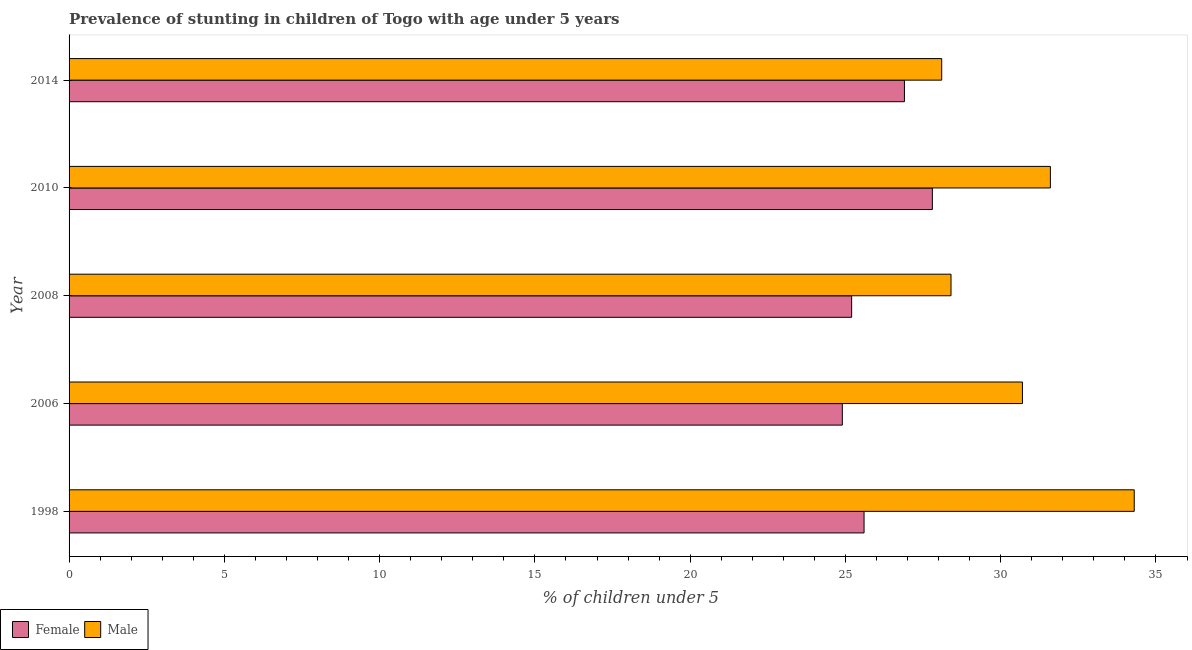
| Year | Female | Male |
 | --- | --- | --- |
 | 1998 | 25.6 | 34.3 |
 | 2006 | 24.9 | 30.7 |
 | 2008 | 25.2 | 28.4 |
 | 2010 | 27.8 | 31.6 |
 | 2014 | 26.9 | 28.1 |